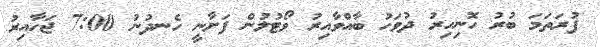
ފުރަތަމަ ބުރު ހޮނިހިރު ދުވަހު ބާއްވާއިރު ވޯޓުލުން ފަށާނީ ހެނދުނު 7:00 ޖަހާއިރު